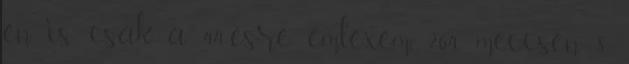
én is csak a 44-esre emléxem. 264 meccsen 8